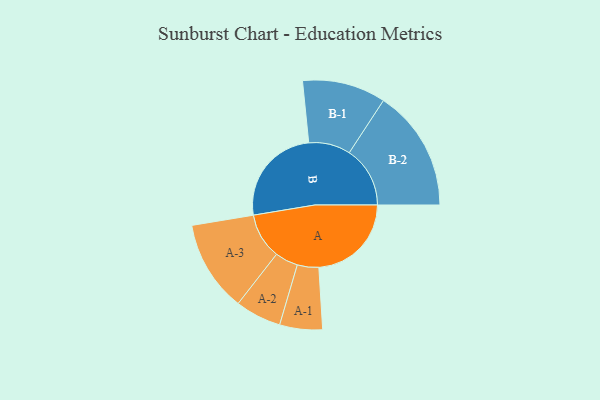
{"axis": {"x": "Segment", "y": "Value"}, "legend": ["", "A", "B"], "data": [{"x": "A", "y": 446, "type": ""}, {"x": "B", "y": 483, "type": ""}, {"x": "A-1", "y": 103, "type": "A"}, {"x": "A-2", "y": 111, "type": "A"}, {"x": "A-3", "y": 220, "type": "A"}, {"x": "B-1", "y": 201, "type": "B"}, {"x": "B-2", "y": 293, "type": "B"}]}